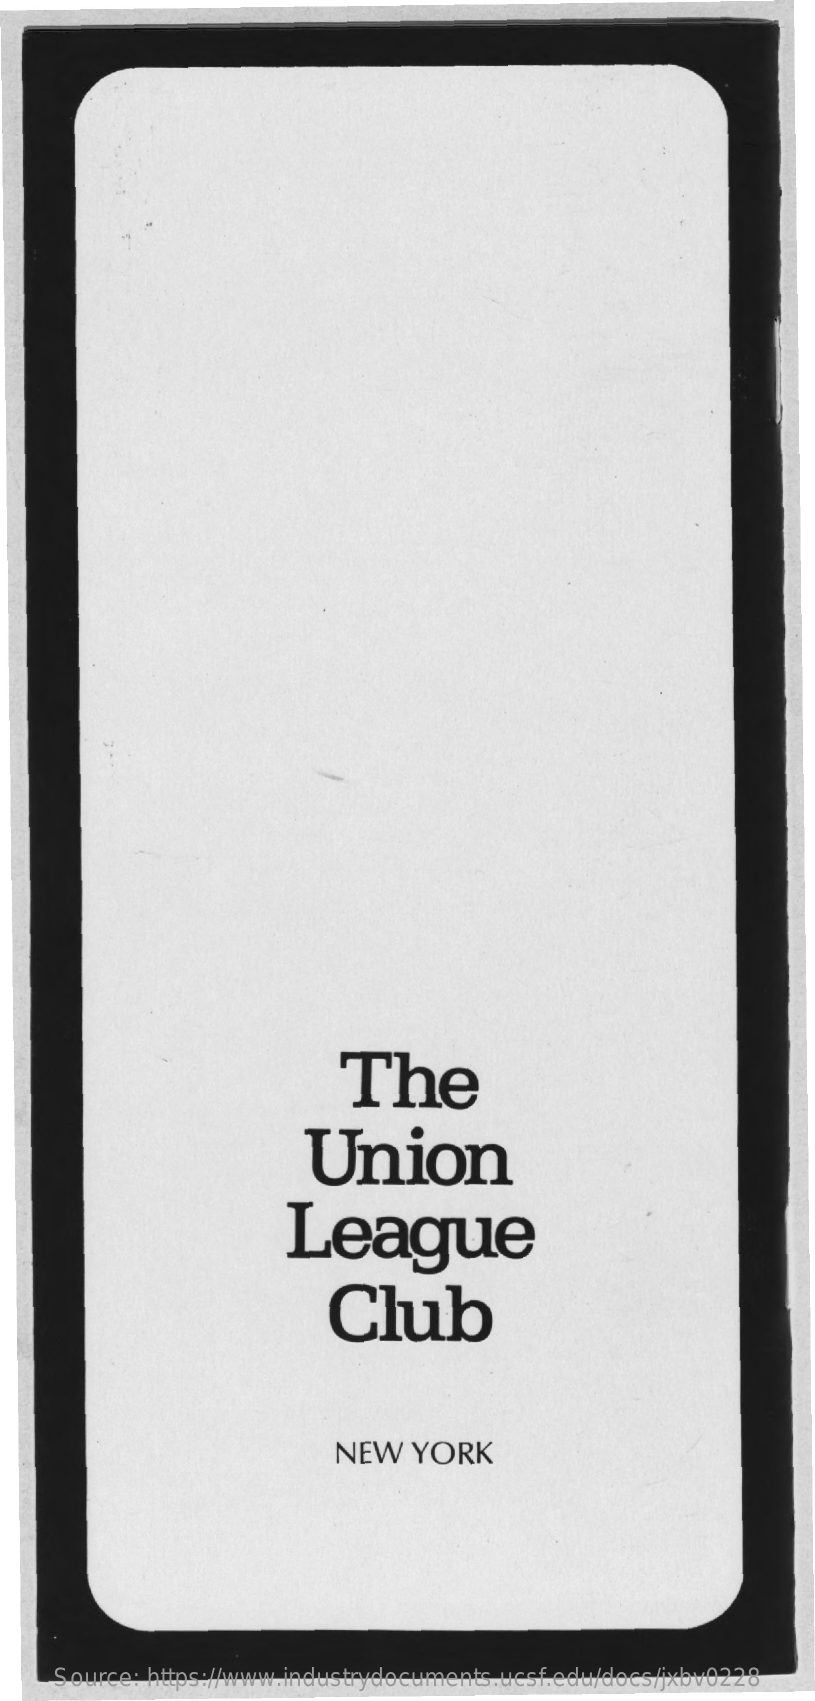
The
     Union
     League
     Club
     NEW    YORK
     Source: https://www.industrydocuments.ucsf.edu/docs/jxbv0228